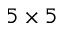
5 \times 5